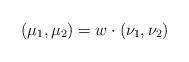
\begin{align*}(\mu_1,\mu_2)=w\cdot (\nu_1, \nu_2) \end{align*}